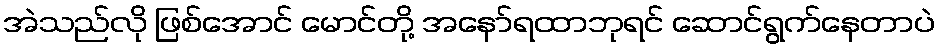
အဲသည်လို ဖြစ်အောင် မောင်တို့ အနော်ရထာဘုရင် ဆောင်ရွက်နေတာပဲ